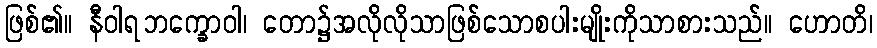
ဖြစ်၏။ နီဝါရဘက္ခောဝါ၊ တော၌အလိုလိုသာဖြစ်သောစပါးမျိုးကိုသာစားသည်။ ဟောတိ၊